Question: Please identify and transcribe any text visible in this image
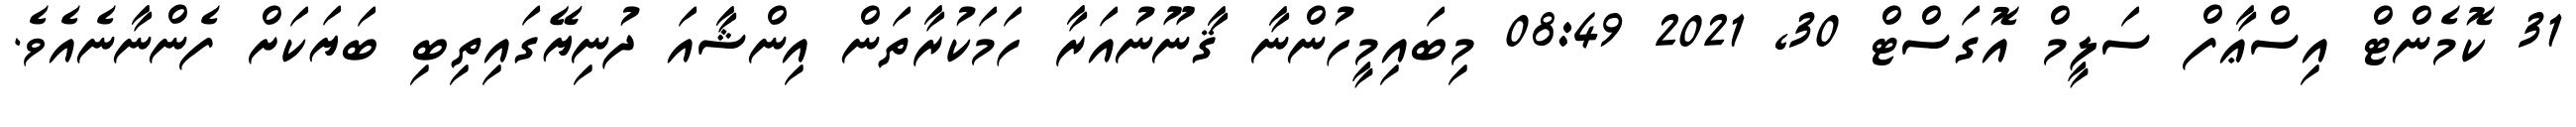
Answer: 31 ކޮމެންޓް އިސްޢާފް ސަލީމް އޮގަސްޓް 30, 2021 08:49 މިބައިމީހުންނާ ޤާނޫނުއަރާ ހަމަކުރާތަން އިންޝާއަ ދުނިޔޭގައިތިބި ބަޔަކަށް ފެންނާނެއެވެ.